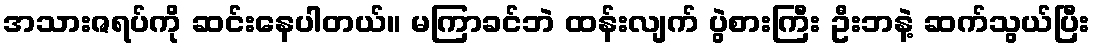
အသားဇရပ်ကို ဆင်းနေပါတယ်။ မကြာခင်ဘဲ ထန်းလျက် ပွဲစားကြီး ဦးဘနဲ့ ဆက်သွယ်ပြီး